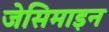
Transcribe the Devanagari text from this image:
जेसिमाइन